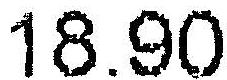
18.90